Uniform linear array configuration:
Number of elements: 16
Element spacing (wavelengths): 0.75
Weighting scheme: hamming
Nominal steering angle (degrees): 60
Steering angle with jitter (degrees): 60.99
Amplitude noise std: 0.05
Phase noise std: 0.05

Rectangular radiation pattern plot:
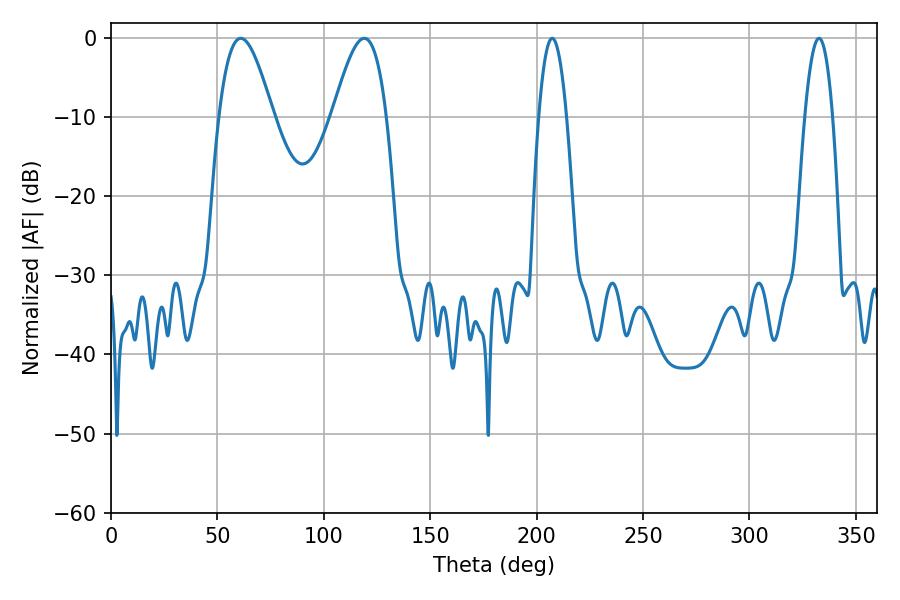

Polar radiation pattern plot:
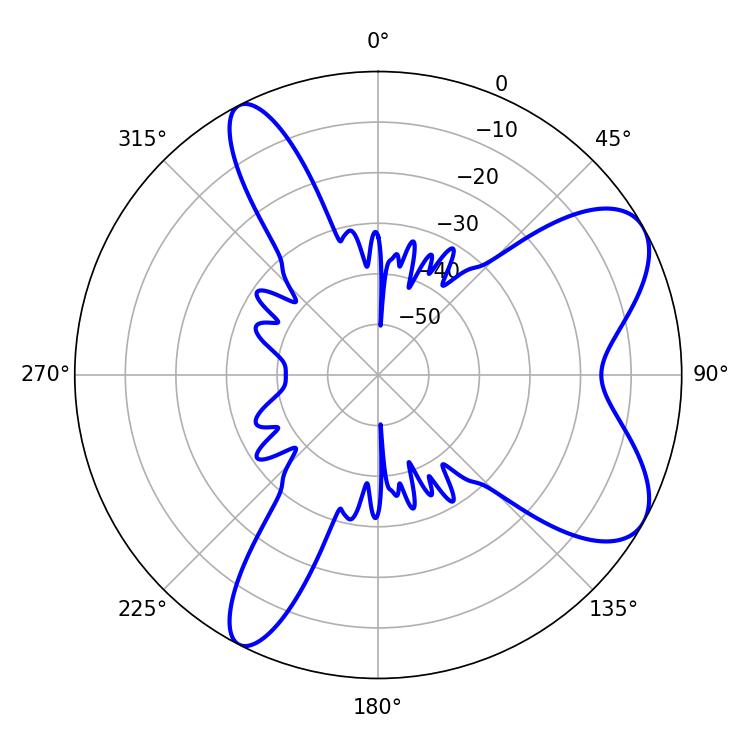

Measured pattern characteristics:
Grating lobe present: TRUE
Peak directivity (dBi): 7.603
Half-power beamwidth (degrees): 13.68
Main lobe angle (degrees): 61.02